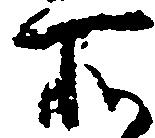
所